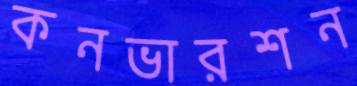
কনভারশন